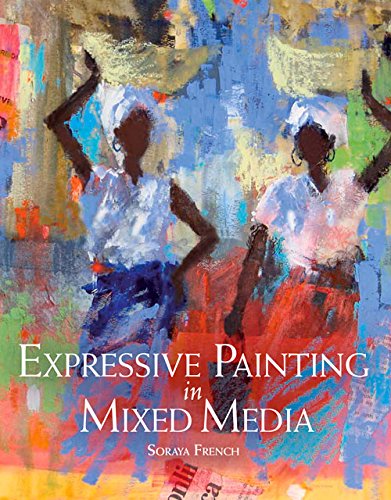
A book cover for Expressive Painting in Mixed Media; Soraya French; Arts & Photography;